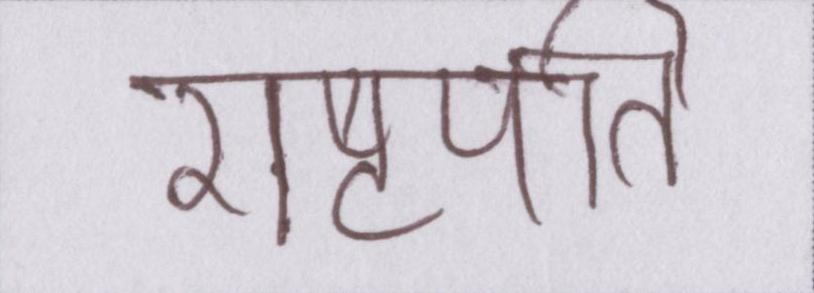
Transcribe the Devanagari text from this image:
राष्ट्रपति